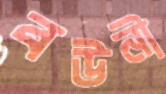
বউনী